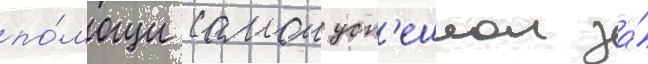
по́мощи самои усп'ешнои за́